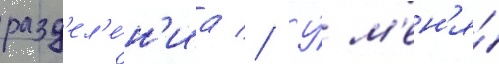
разд'ел'е́н'иа // У́ м'ен'я́